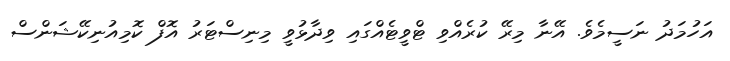
އަހުމަދު ނަސީމެވެ. އޭނާ މިރޭ ކުރެއްވި ޓްވީޓެއްގައި ވިދާޅުވީ މިނިސްޓަރު އޮފް ކޮމިއުނިކޭޝަންސް